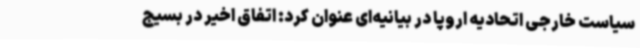
سیاست خارجی اتحادیه اروپا در بیانیه‌ای عنوان کرد: اتفاق اخیر در بسیج